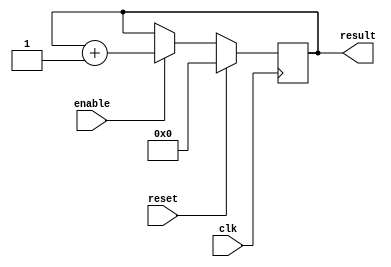
module four_bit_counter(input clk, input enable, input reset, output reg[3:0] result);

	always @(posedge clk) begin
		if (reset) begin
			result <= 4'b0;
		end else if (enable) begin
			result <= result + 1'b1;
		end

	end
	
endmodule